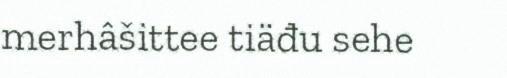
merhâšittee tiäđu sehe